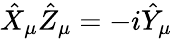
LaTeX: \hat{X}_{\mu}\hat{Z}_{\mu}=-i\hat{Y}_{\mu}